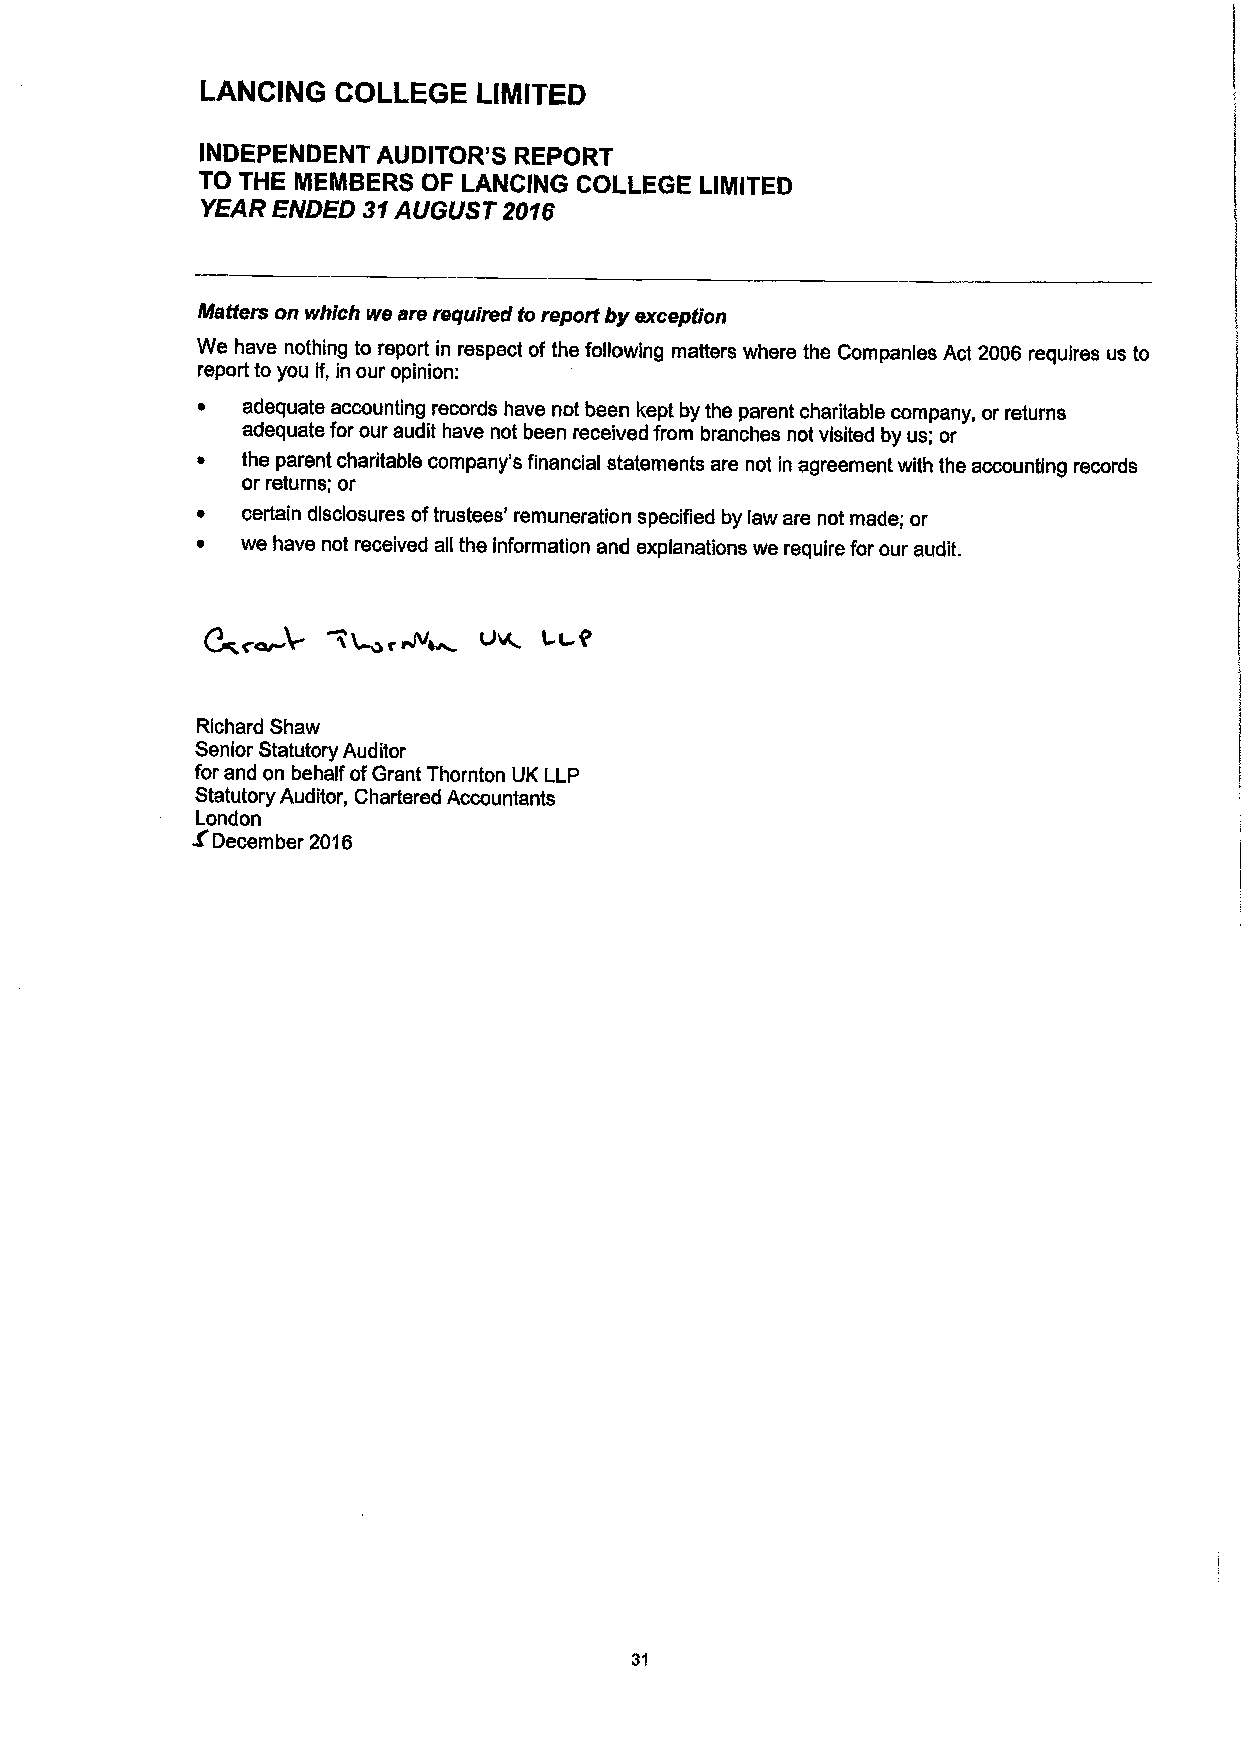
LANCING  COLLEGE   LIMITED
 INDEPENDENT AUDITOR'S REPORT
 TO THE MEMBERS OF LANCING COLLEGE LIMITED
 YEAR ENDED 31AUGUST 2016
 Matters on which we are required to report by exception
 We have nothing to report in respect ofthe following matters where the Companies Act 2006 requires us to
 report to you if, in our opinion:
 adequate accounting records have not been kept by the parent charitable company, orreturns
 adequate for our audit have not been received from branches not visited by us; or
 the parent charitable company's financial statements are not in agreement with the accounting records
 or returns; or
 certain disclosures oftrustees' remuneration specified by law are not made; or
 we have not received all the information and explanations we require for our audit.
 Richard Shaw
 Senior Statutory Auditor
 for and on behalf ofGrant Thornton UK LLP
 Statutory Auditor, Chartered Accountants
 London
 5
 December 20'i6